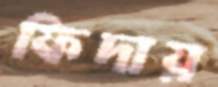
ফিদায়